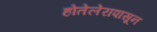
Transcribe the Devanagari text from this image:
होतेलेरापासून